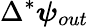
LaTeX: \Delta^{*}\boldsymbol{\psi}_{out}